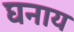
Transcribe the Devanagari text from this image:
घनाय